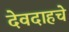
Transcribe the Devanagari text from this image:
देवदाहचे